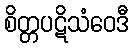
စိတ္တပဋိသံဝေဒီ